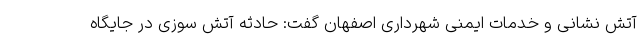
آتش نشانی و خدمات ایمنی شهرداری اصفهان گفت: حادثه آتش سوزی در جایگاه